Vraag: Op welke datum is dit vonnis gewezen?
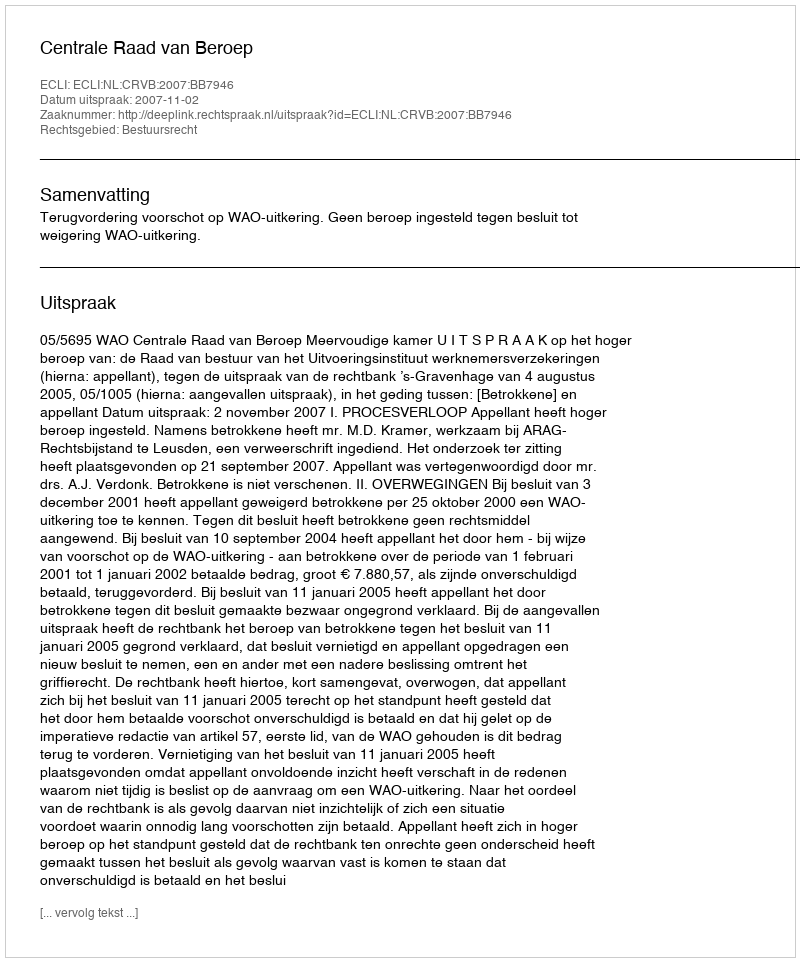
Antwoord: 2007-11-02